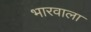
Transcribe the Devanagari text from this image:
भारवाला